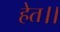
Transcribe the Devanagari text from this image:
हेत।।